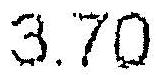
3.70